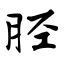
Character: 胫